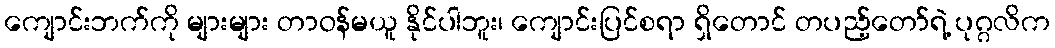
ကျောင်းဘက်ကို များများ တာဝန်မယူ နိုင်ပါဘူး၊ ကျောင်းပြင်စရာ ရှိတောင် တပည့်တော်ရဲ့ ပုဂ္ဂလိက